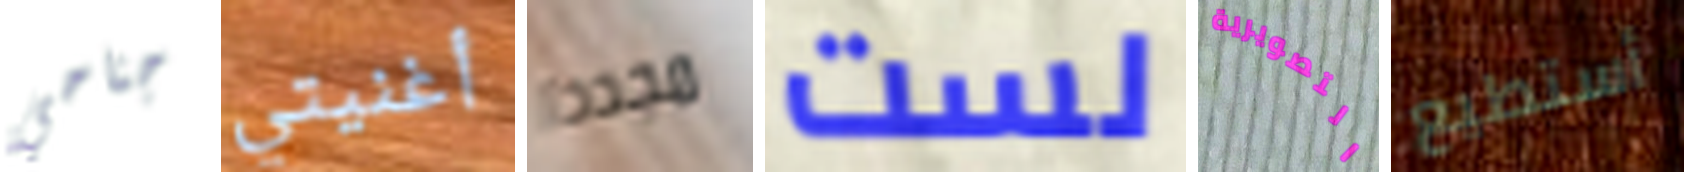
جناحي أغنيتي مجددا لست التصويرية أستطيع